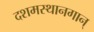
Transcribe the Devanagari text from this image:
दशमस्थानगान्